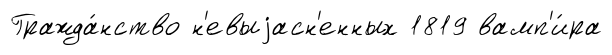
Гражда́нство н'евыjасн'енных 1819 вамп'и́ра